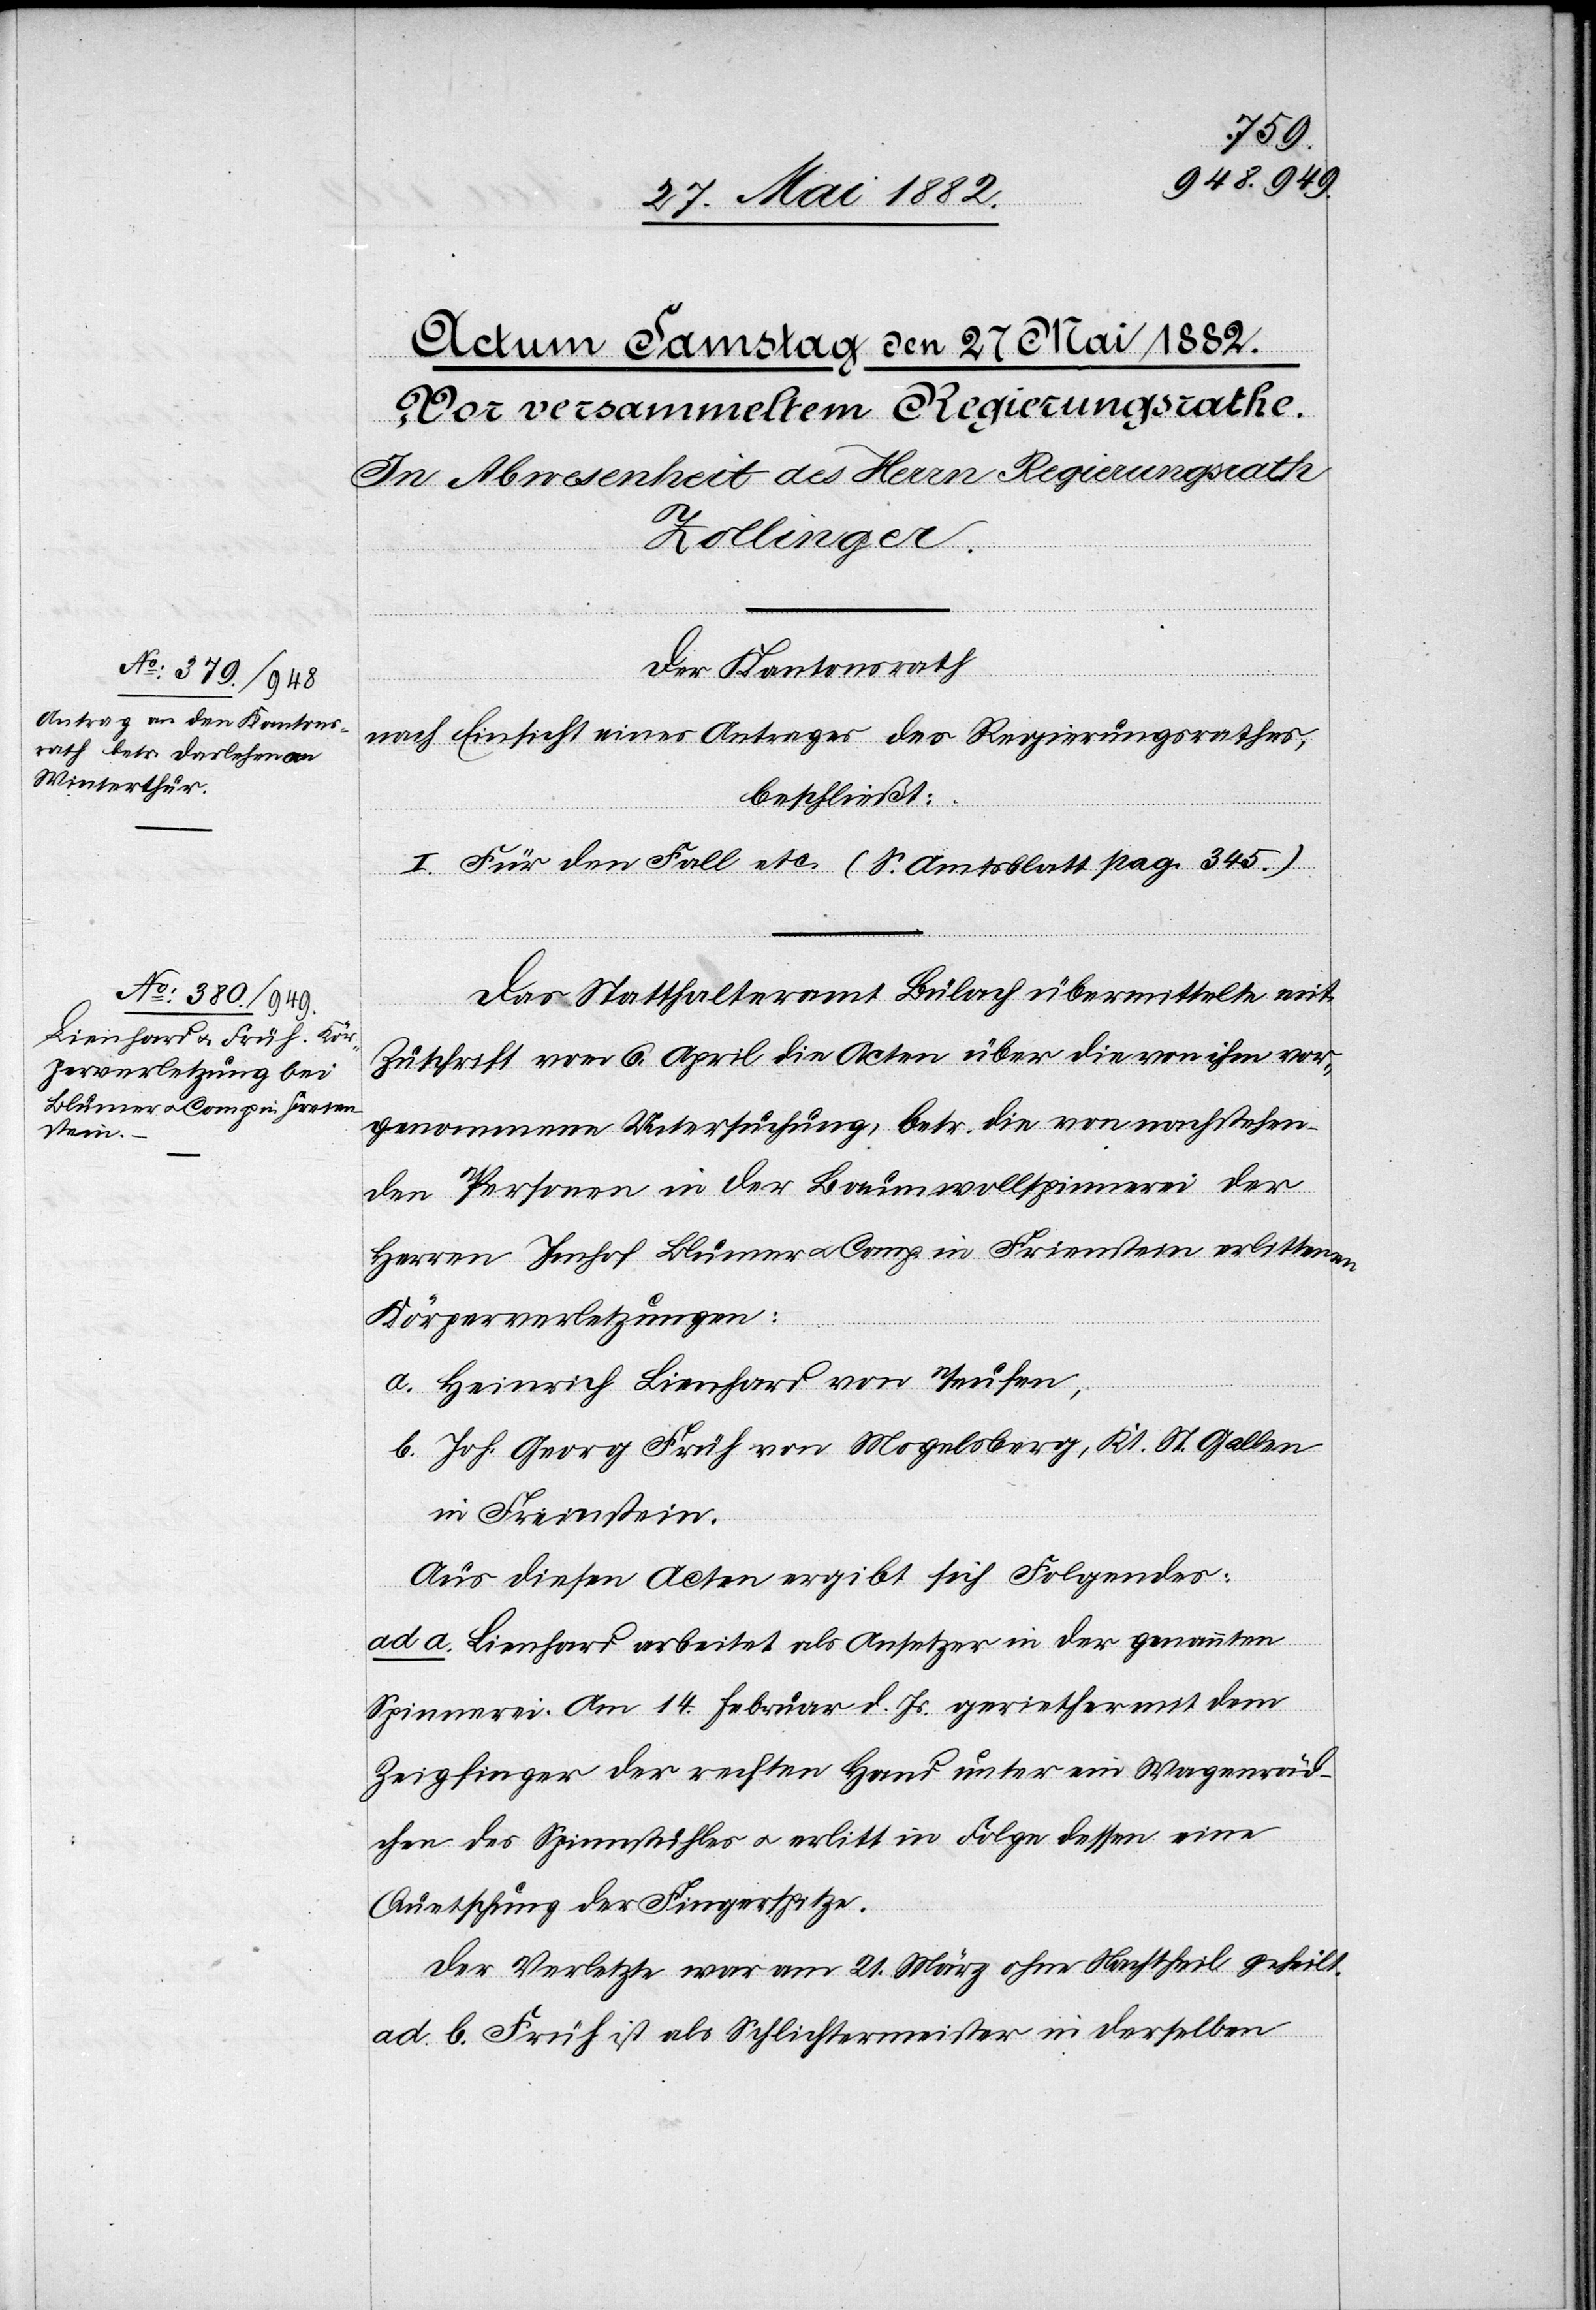
Der Kantonsrath
nach Einsicht eines Antrages des Regierungsrathes,
beschließt:
1. Für den Fall etc. (S. Amtsblatt pag. 345).
Das Statthalteramt Bülach übermittelte mit
Zuschrift vom 6. April die Acten über die von ihm vor¬
genommene Untersuchung, betr. die von nachstehen¬
den Personen in der Baumwollspinnerei der
Herren Imhof, Blumer u. Comp. in Freienstein erlittenen
Körperverletzungen:
a. Heinrich Lienhard von Teufen,
b. Joh. Georg Früh von Mogelsberg, Kt. St. Gallen
in Freienstein.
Aus diesen Acten ergibt sich Folgendes:
ad a. Lienhard arbeitet als Ansetzer in der genannten
Spinnerei. Am 14. Februar d. Js. gerieth er mit dem
Zeigfinger der rechten Hand unter ein Wagenräd¬
chen des Spinnstuhles u. erlitt in Folge dessen eine
Quetschung der Fingerspitze.
Der Verletzte war am 21. März ohne Nachtheil geheilt.
ad b. Früh ist als Schlichtermeister in derselben